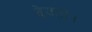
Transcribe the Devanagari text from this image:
देयता।